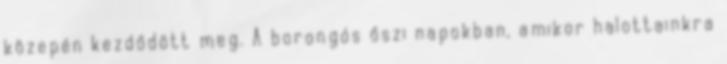
közepén kezdődött meg. A borongós őszi napokban, amikor halottainkra